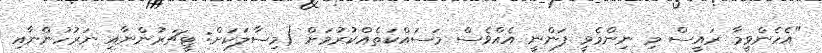
"އެހެންވީމާ ރައީސް މި ނިންމެވީ ފަންނީ އެއްވެސް މަސައްކަތެއްކުރުމަށް (މިސާލަކަށް: ޓީޗަރުންނާއި ނަރުހުންނާއި